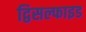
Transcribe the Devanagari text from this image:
द्विसल्फाइड